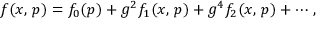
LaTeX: f ( x , \, p ) = f _ { 0 } ( p ) + g ^ { 2 } f _ { 1 } ( x , \, p ) + g ^ { 4 } f _ { 2 } ( x , \, p ) + \cdots \, ,